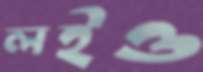
লইও